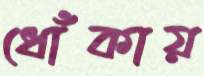
ধোঁকায়